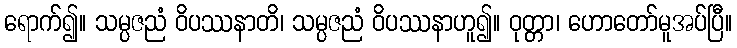
ရောက်၍။ သမ္ပဇညံ ဝိပဿနာတိ၊ သမ္ပဇညံ ဝိပဿနာဟူ၍။ ဝုတ္တာ၊ ဟောတော်မူအပ်ပြီ။